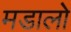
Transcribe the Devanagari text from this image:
मडालो